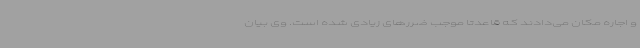
و اجاره مکان می‌دادند که قاعدتا موجب ضررهای زیادی شده است. وی بیان